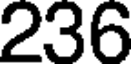
236